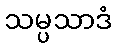
သမ္ပသာဒံ